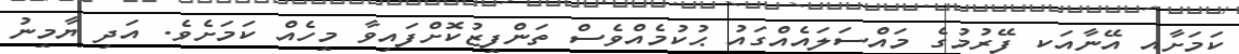
ކަމަށާއި އޭނާއަކީ ފޭރުމުގެ މައްސަލައެއްގައު ޙުކުމެއްވެސް ތަންފީޒުކޮށްފައިވާ މީހެއް ކަމަށެވެ. އަދި ޔާމީނު